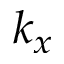
k _ { x }